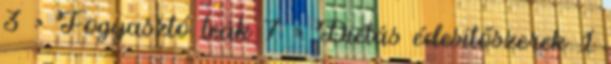
3 › Fogyasztó teák 7 › Diétás édesítőszerek 1